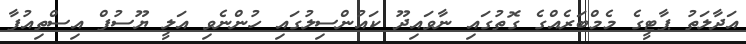
އަދާލަތު ޕާޓީގެ މެމްބަރެއްގެ ގޮތުގައި ނާވައިދޫ ކައުންސިލުގައި ހުންނެވި އަލީ ޔޫސުފް އިސްތިއުފާ